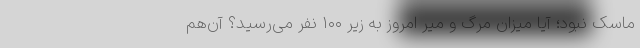
ماسک نبود؛ آیا میزان مرگ و میر امروز به زیر ۱۰۰ نفر می‌رسید؟ آن‌هم